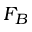
F _ { B }